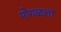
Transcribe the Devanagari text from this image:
पोगळला